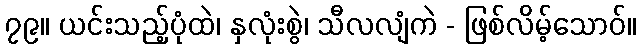
၇၉။ ယင်းသည့်ပုံထဲ၊ နှလုံးစွဲ၊ သီလလျံကဲ - ဖြစ်လိမ့်သောဝ်။